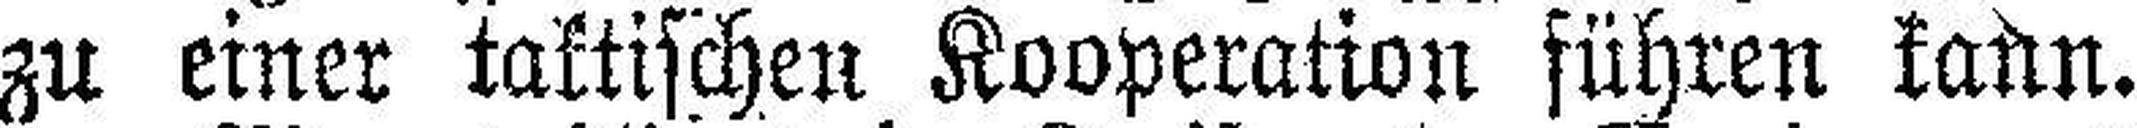
zu einer taktischen Kooperation führen kann.